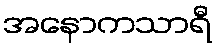
အနောကသာရီ